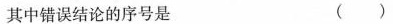
其中错误结论的序号是 ( )